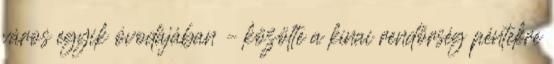
város egyik óvodájában – közölte a kínai rendőrség péntekre